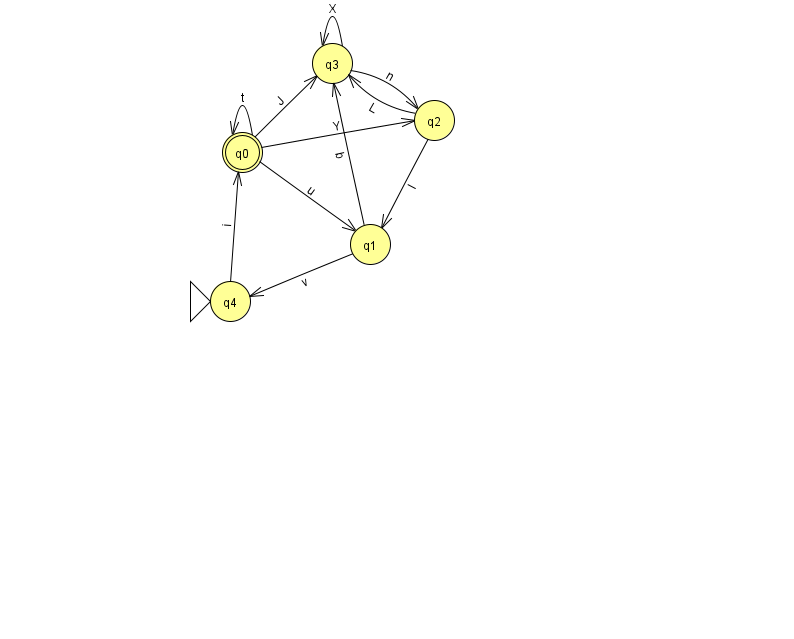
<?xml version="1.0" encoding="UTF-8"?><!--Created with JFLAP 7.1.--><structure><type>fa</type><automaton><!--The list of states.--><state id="0" name="q0"><x>242.0</x><y>139.0</y><final/></state><state id="1" name="q1"><x>370.0</x><y>231.0</y></state><state id="2" name="q2"><x>434.0</x><y>107.0</y></state><state id="3" name="q3"><x>332.0</x><y>50.0</y></state><state id="4" name="q4"><x>230.0</x><y>288.0</y><initial/></state><!--The list of transitions.--><transition><from>1</from><to>4</to><read>v</read></transition><transition><from>2</from><to>3</to><read>L</read></transition><transition><from>3</from><to>2</to><read>n</read></transition><transition><from>0</from><to>0</to><read>t</read></transition><transition><from>0</from><to>1</to><read>u</read></transition><transition><from>0</from><to>3</to><read>J</read></transition><transition><from>3</from><to>3</to><read>X</read></transition><transition><from>0</from><to>2</to><read>Y</read></transition><transition><from>1</from><to>3</to><read>b</read></transition><transition><from>4</from><to>0</to><read>i</read></transition><transition><from>2</from><to>1</to><read>l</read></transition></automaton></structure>